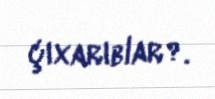
çıxarıblar?.